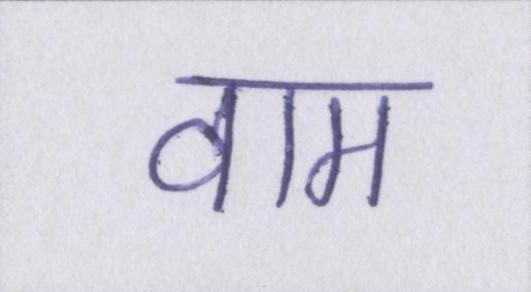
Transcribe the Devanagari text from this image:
वाम